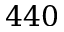
4 4 0